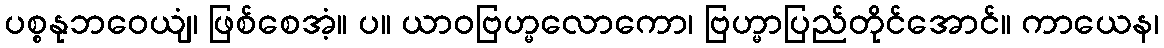
ပစ္စနုဘဝေယျံ၊ ဖြစ်စေအံ့။ ပ။ ယာဝဗြဟ္မလောကော၊ ဗြဟ္မာပြည်တိုင်အောင်။ ကာယေန၊